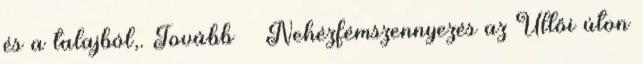
és a talajból,. Tovább › ›Nehézfémszennyezés az Üllői úton